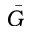
\Bar { G }